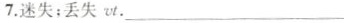
7.迷失；丢失ut.___